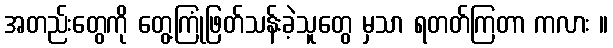
အတည်းတွေကို တွေ့ကြုံဖြတ်သန်းခဲ့သူတွေ မှသာ ရတတ်ကြတာ ကလား ။